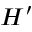
H ^ { \prime }